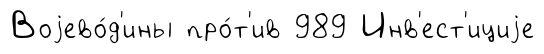
Воjево́д'ины про́т'ив 989 Инв'ест'ициjе